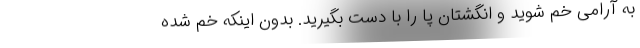
به آرامی خم شوید و انگشتان پا را با دست بگیرید. بدون اینکه خم شده